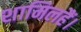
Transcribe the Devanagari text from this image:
शामिलहैं।